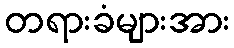
တရားခံများအား